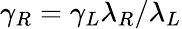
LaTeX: \gamma_{R}=\gamma_{L}\lambda_{R}/\lambda_{L}